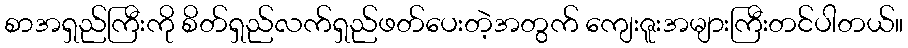
စာအရှည်ကြီးကို စိတ်ရှည်လက်ရှည်ဖတ်ပေးတဲ့အတွက် ကျေးဇူးအများကြီးတင်ပါတယ်။